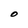
Character: O